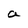
Character: a